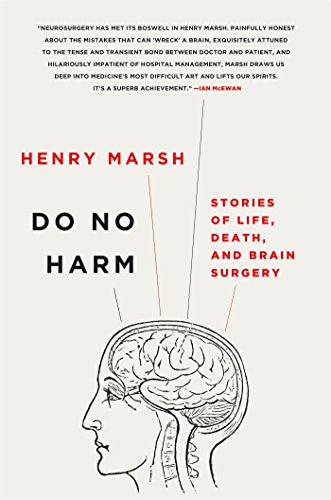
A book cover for Do No Harm: Stories of Life, Death, and Brain Surgery; Henry Marsh; Medical Books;